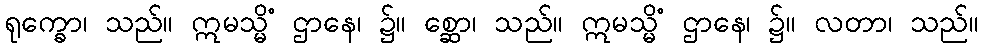
ရုက္ခော၊ သည်။ ဣမသ္မိံ ဌာနေ၊ ၌။ စ္ဆော၊ သည်။ ဣမသ္မိံ ဌာနေ၊ ၌။ လတာ၊ သည်။